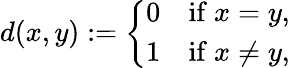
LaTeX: d(x,y):={\left\{ \begin{array}{ll}{0}&{{\mathrm{if~}}x=y,}\\ {1}&{{\mathrm{if~}}x\neq y,}\end{array}\right.}